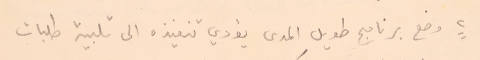
٢ وضع برنامج طويل المدى يؤدي تنفيذه الى تلبية طلبات